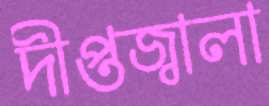
দীপ্তজ্বালা